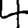
Digit: 4